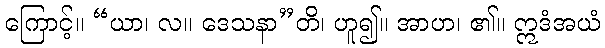
ကြောင့်။ “ယာ၊ လ။ ဒေသနာ”တိ၊ ဟူ၍။ အာဟ၊ ၏။ ဣဒံအယံ